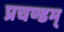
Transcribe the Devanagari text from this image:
प्रचण्डम्